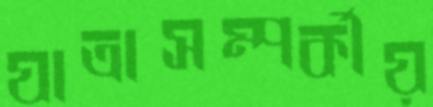
যাত্রাসম্পর্কীয়